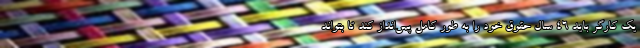
یک کارگر باید 46 سال حقوق خود را به طور کامل پس‌انداز کند تا بتواند